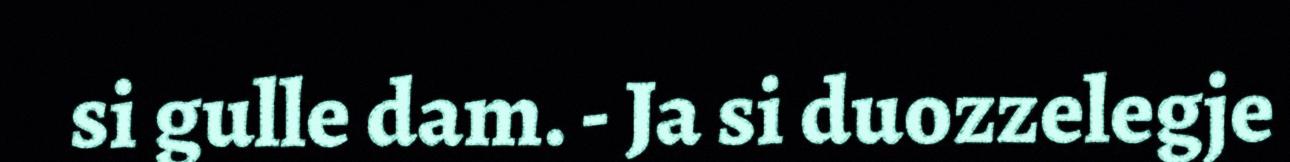
si gulle dam. - Ja si duozzelegje